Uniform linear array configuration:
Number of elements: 48
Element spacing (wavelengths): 1
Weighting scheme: kaiser
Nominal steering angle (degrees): -60
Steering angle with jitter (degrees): -61.948
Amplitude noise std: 0.05
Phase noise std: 0.05

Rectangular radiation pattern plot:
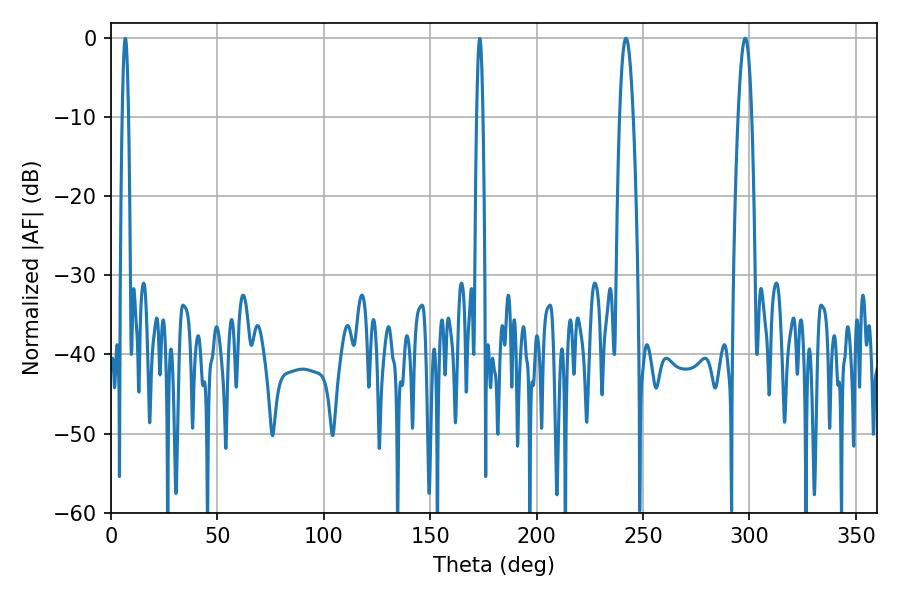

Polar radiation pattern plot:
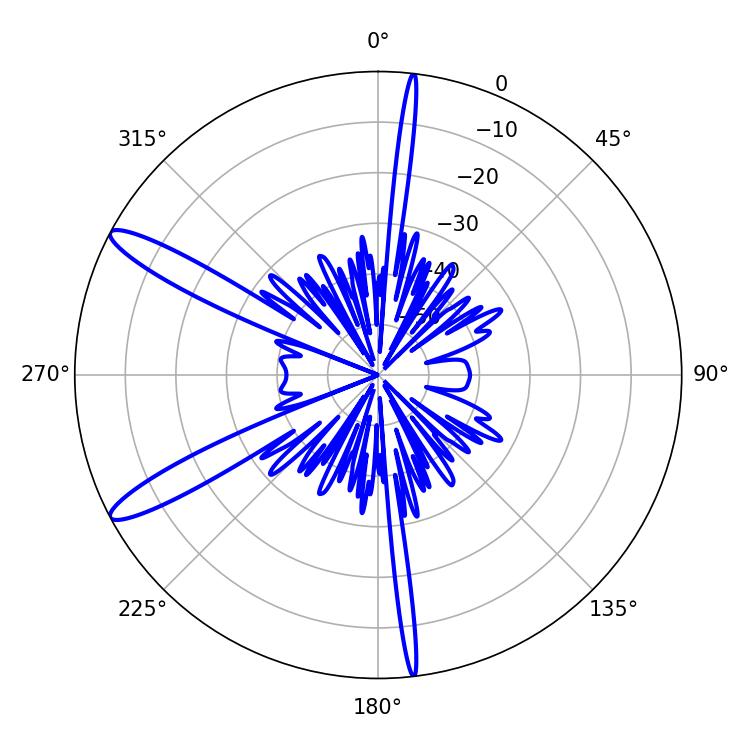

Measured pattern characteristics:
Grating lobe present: TRUE
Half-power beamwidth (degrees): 3.42
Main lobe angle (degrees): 241.92